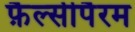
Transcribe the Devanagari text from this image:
फ़ैल्सीपैरम